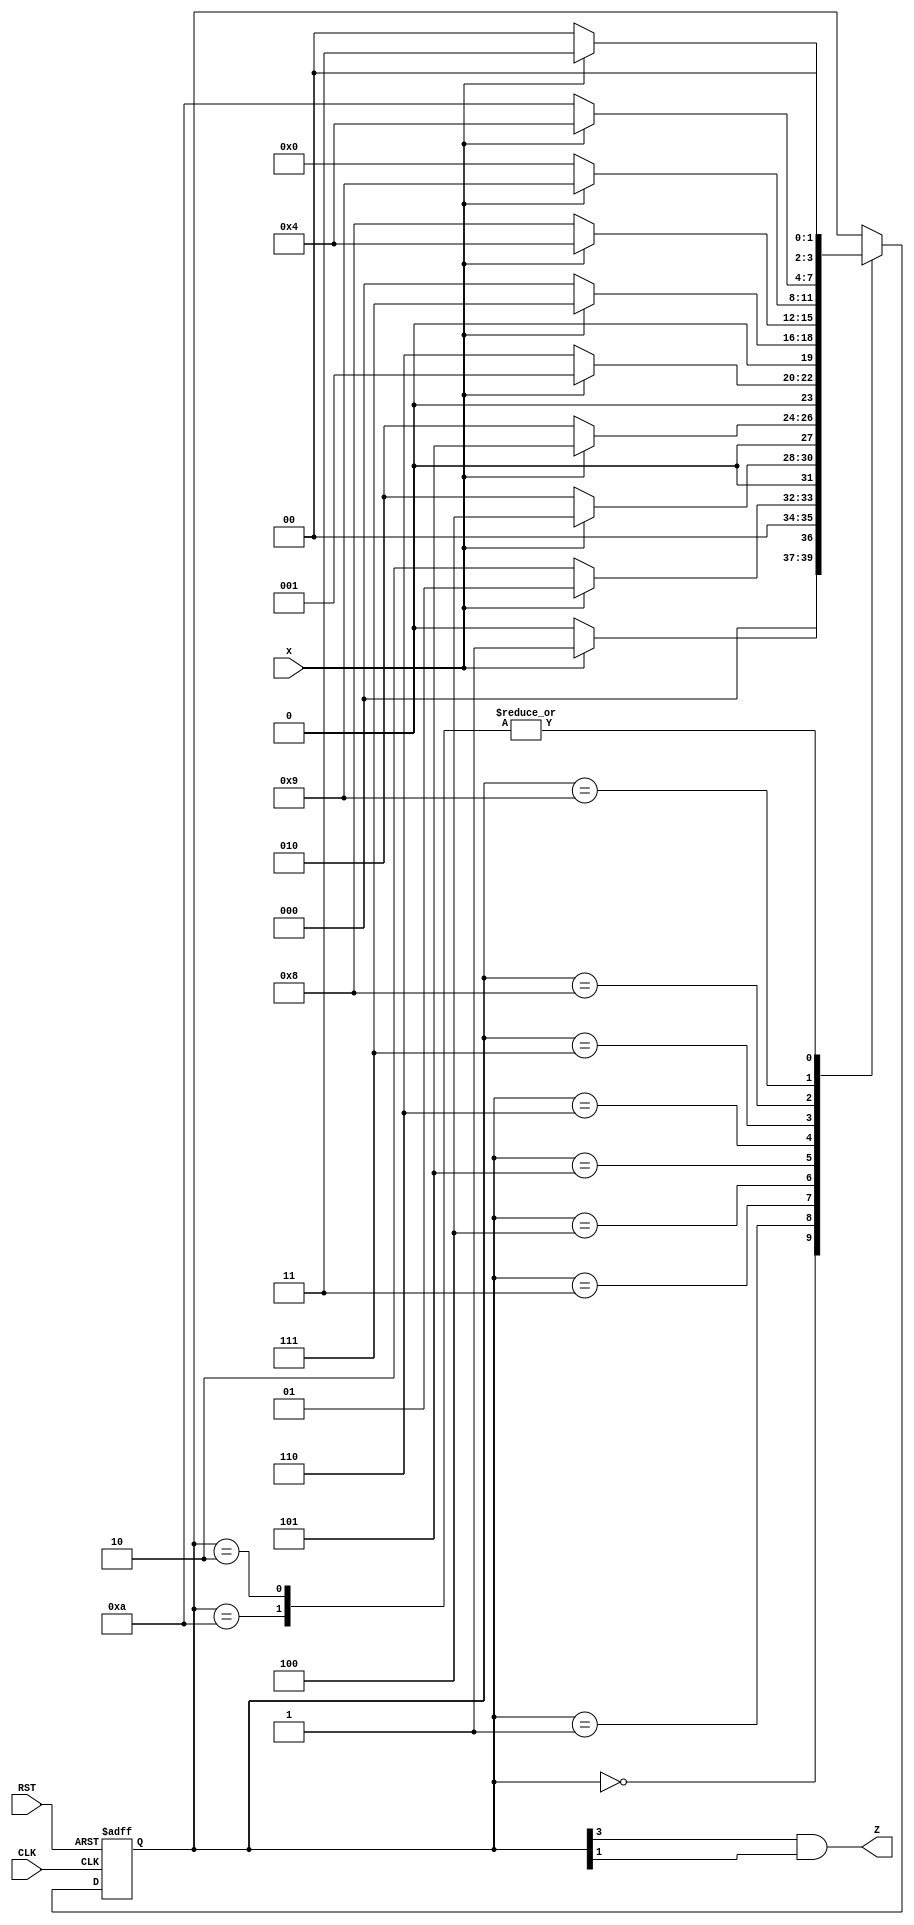
`timescale 1ns / 1ps
//////////////////////////////////////////////////////////////////////////////////
// Company: 
// Engineer: 
// 
// Design Name: 
// Module Name:    ch4Detector 
// Project Name: 
// Target Devices: 
// Tool versions: 
// Description: 
//
// Dependencies: 
//
// Revision: 
// Revision 0.01 - File Created
// Additional Comments: 
//
//////////////////////////////////////////////////////////////////////////////////
module ch4Detector(x,Z,CLK,RST);
   input x,CLK,RST;
   output Z;
	
   reg [3:0] state = 4'b0000;
   parameter S0 = 4'b0000, S1 = 4'b0001, S2 = 4'b0010, S3 = 4'b0011, S4 = 4'b0100, S5 = 4'b0101, S6 = 4'b0110, S7 = 4'b0111, S8 = 4'b1000, S9 = 4'b1001,S10=4'b1010;
      always @ (posedge CLK or negedge RST) begin
         if (~RST)
				state = S10;  //Initialize to state S0
			else
				case (state)
					S0: if (~x)  state = S0; else state = S1; 
					S1: if (~x)  state = S2; else state = S1;   
					S2: if (~x)  state = S0; else state = S3;
					S3: if (~x)  state = S2; else state = S4;
					S4: if (~x)  state = S2; else state = S5; 
					S5: if (~x)  state = S6; else state = S1; 
					S6: if (~x)  state = S0; else state = S7;
					S7: if (~x)  state = S8; else state = S4; 
					S8: if (~x)  state = S0; else state = S9; 
					S9: if (~x)  state = S10; else state = S4; 
					S10: if (~x)  state = S0; else state = S3; 
				endcase
		end
		assign Z=state[3]&state[1];
endmodule